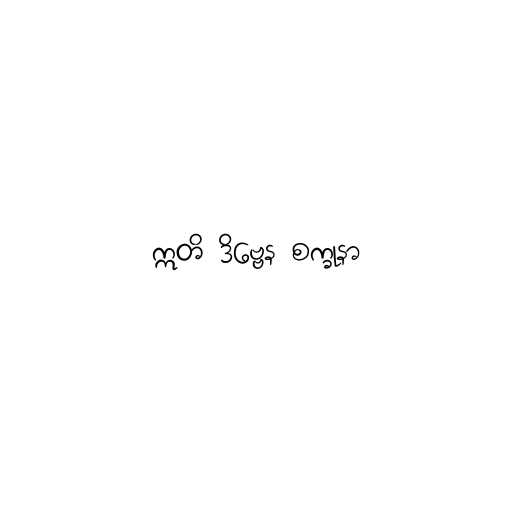
ဣတိ ဒိဗ္ဗေန စက္ခုနာ